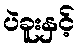
ပဲခူးနှင့်